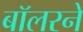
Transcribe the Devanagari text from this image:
बॉलरने